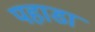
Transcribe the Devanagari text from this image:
पहाडा